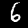
Label: 6